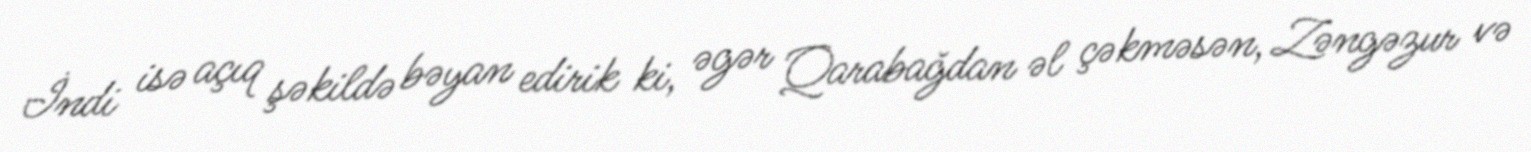
İndi isə açıq şəkildə bəyan edirik ki, əgər Qarabağdan əl çəkməsən, Zəngəzur və